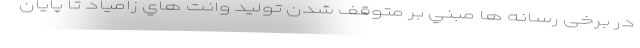
در برخی رسانه ها مبني بر متوقف شدن توليد وانت هاي زامياد تا پايان